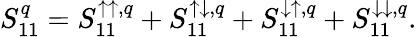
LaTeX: S_{11}^{q}=S_{11}^{\uparrow\uparrow,q}+S_{11}^{\uparrow\downarrow,q}+S_{11}^{\downarrow\uparrow,q}+S_{11}^{\downarrow\downarrow,q}.